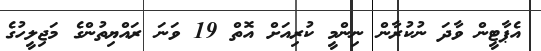
އެޕާޓީން ވާދަ ނުކުރާން ނިންމީ ކުރިއަށް އޮތް 19 ވަނަ ރައްޔިތުންގެ މަޖިލީހުގެ